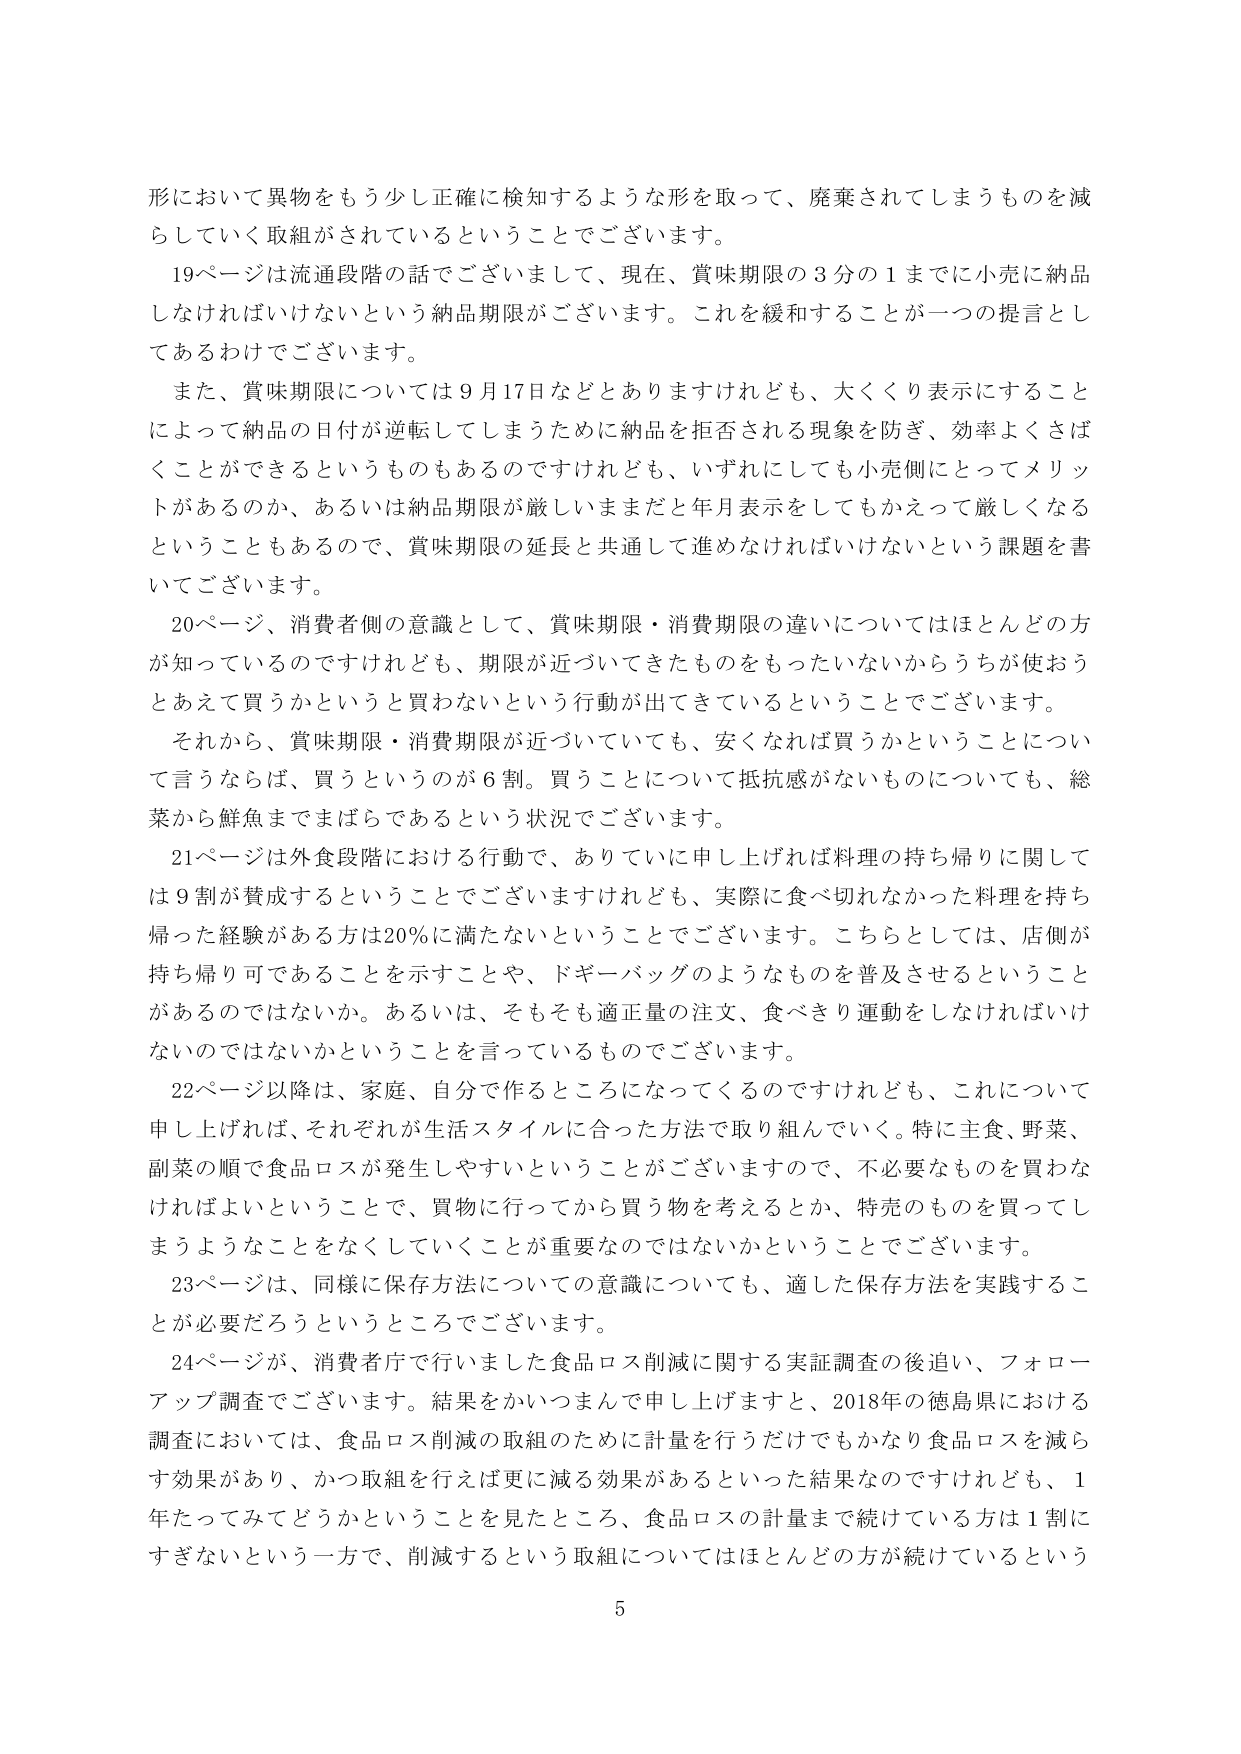
形において異物をもう少し正確に検知するような形を取って、廃棄されてしまうものを減らしていく取組がされているということでございます。

19ページは流通段階の話でございまして、現在、賞味期限の3分の1までに小売に納品しなければいけないという納品期限がございます。これを緩和することが一つの提言としてあるわけでございます。

また、賞味期限については9月17日などとありますけれども、大きく表示することによって納品の日付が逆転してしまうために納品を拒否される現象を防ぎ、効率よくさばくことができるというものもあるのですけれども、いずれにしても小売側にとってメリットがあるのか、あるいは納品期限が厳しいままだと年月表示をしてしまってもかえって厳しくなるということもあるので、賞味期限の延長と共通して進めてなければならないという課題を書いてございます。

20ページ、消費者側の意識として、賞味期限・消費期限の違いについてはほとんどの方が知っているのですけれども、期限が近づいてきたものをもったいないからうちが使おうとあえて買うかというと買わないという行動が出てきているということでございます。

それから、賞味期限・消費期限が近づいていても、安くなれば買うかということについて言うならば、買うというのが6割。買うことについて抵抗感がないものについても、総菜から鮮魚までまばらであるという状況でございます。

21ページは外食段階における行動で、ありていに申し上げれば料理の持ち帰りに関しては9割が賛成するということでございますけれども、実際に食べ切れなかった料理を持ち帰った経験がある方は20％に満たないということでございます。こちらとしては、店側が持ち帰り可であることを示すことや、ドギーバッグのようなものを普及させるということがあるのではないか。あるいは、そもそも適正量の注文、食べきり運動をしなければいけないのではないかということを言っているものでございます。

22ページ以降は、家庭、自分で作るところになってくるのですけれども、これについて申し上げれば、それぞれが生活スタイルに合った方法で取り組んでいく。特に主食、野菜、副菜の順で食品ロスが発生しやすいということがございますので、不必要なものを買わなければよいということで、買物に行ってから買う物を考えるとか、特売のものを買ってしまうようなことをなくしていくことが重要ではないかということでございます。

23ページは、同様に保存方法についての意識についても、適した保存方法を実践することが必要だろうというところでございます。

24ページが、消費者庁で行いました食品ロス削減に関する実証調査の後追い、フォローアップ調査でございます。結果をかいつまんで申し上げますと、2018年の徳島県における調査においては、食品ロス削減の取組のために計量を行うだけでもかなり食品ロスを減らす効果があり、かつ取組を行えば更に減る効果があるといった結果なのですが、1年たってみてどうかということを見たところ、食品ロスの計量まで続けている方は1割にすぎないという一方で、削減するという取組についてはほとんどの方が続けているという

5